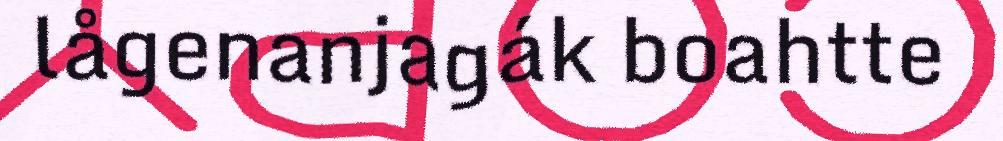
lågenanjagák boahtte